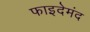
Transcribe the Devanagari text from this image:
फाइदेमंद